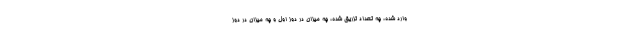
وارد شده، چه تعداد تزریق شده، چه میزان در دوز اول و چه میزان در دوز